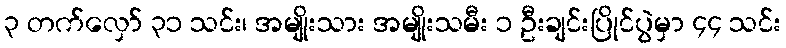
၃ တက်လှော် ၃၁ သင်း၊ အမျိုးသား အမျိုးသမီး ၁ ဦးချင်းပြိုင်ပွဲမှာ ၄၄ သင်း